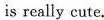
is really cute.